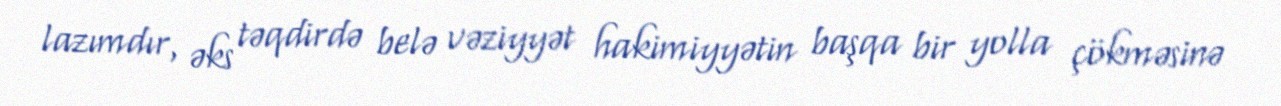
lazımdır, əks təqdirdə belə vəziyyət hakimiyyətin başqa bir yolla çökməsinə